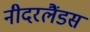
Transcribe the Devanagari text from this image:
नीदरलैंडस